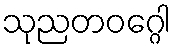
သုညတဝဂ္ဂေါ